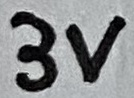
Text: 3V